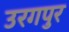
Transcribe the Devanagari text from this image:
उरगपुर